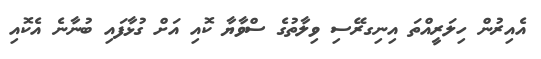
އެއިރުން ހިލަރީއްތަ އިނިގރޭސި ވިލާތުގެ ސްވާޔާ ކޮއި އަށް ގުޅާފައި ބުނާނެ އެކޮއި